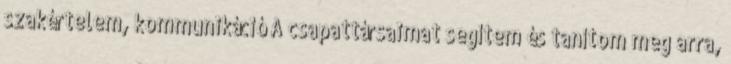
szakértelem, kommunikáció A csapattársaimat segítem és tanítom meg arra,